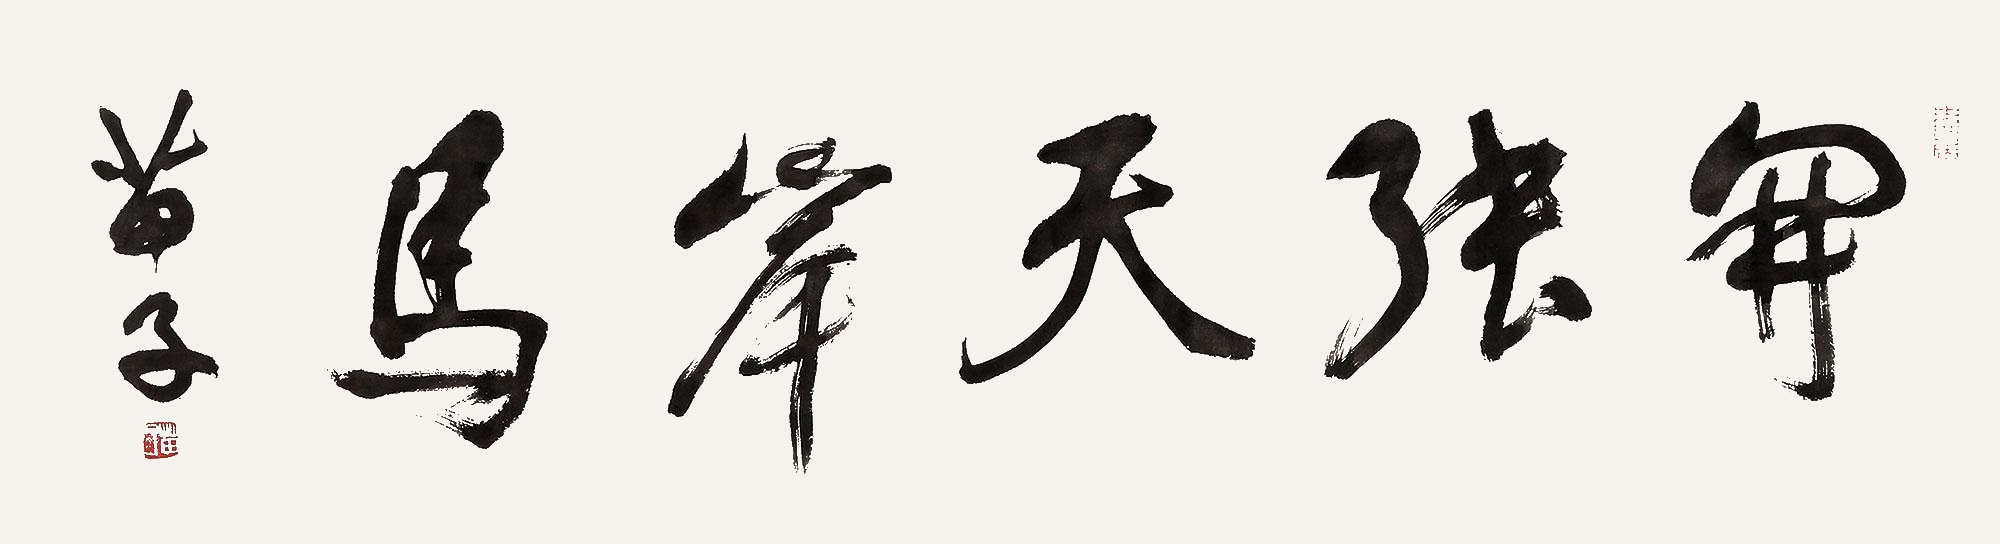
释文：开张天岸马。苗子。